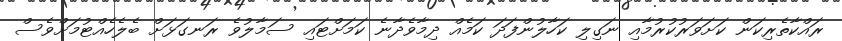
ރައްކާތެރިކަން ކަށަވަރުކުރުމާއި ނަގިލި ކަހާލުންފަދަ ކަމެއް ދިމާވެދާނެ ކަމަށްޓައި ސަމާލުވެ ރަނގަޅަށް ބެލެހެއްޓުމަށްވެސް